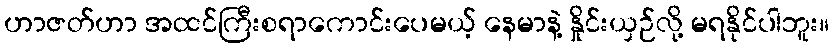
ဟာဇတ်ဟာ အထင်ကြီးစရာကောင်းပေမယ့် နေမာနဲ့ နှိုင်းယှဉ်လို့ မရနိုင်ပါဘူး။